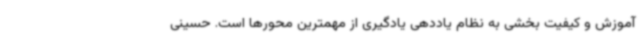
آموزش و کیفیت بخشی به نظام یاددهی یادگیری از مهمترین محورها است. حسینی